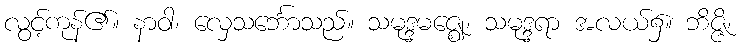
လွင့်ကုန်၏။ နာဝါ၊ လှေသင်္ဘောသည်။ သမုဒ္ဒမဇ္ဈေ၊ သမုဒ္ဒရာ အလယ်၌။ ဘိဇ္ဇိ၊